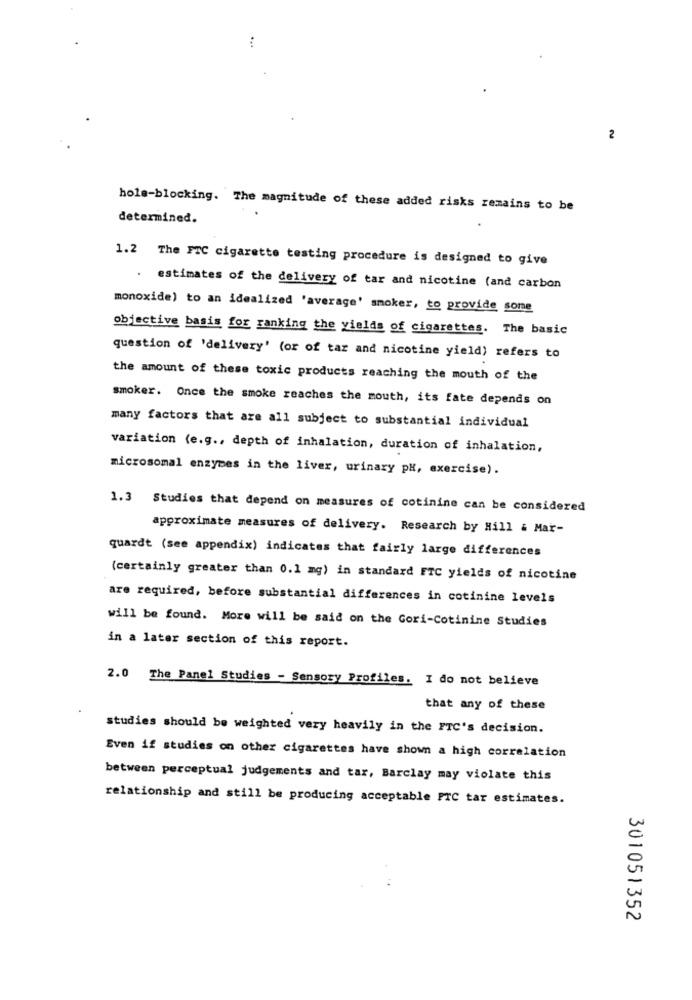
2
hole-blocking. The magnitude of these added risks remains to be
determined.
1.2 The FTC cigarette testing procedure is designed to give
. estimates of the delivery of tar and nicotine (and carbon
monoxide) to an idealized 'average' smoker, to provide some
objective basis for ranking the yields of cigarettes. The basic
question of 'delivery' (or of tar and nicotine yield) refers to
the amount of these toxic products reaching the mouth of the
smoker. Once the smoke reaches the mouth, its fate depends on
many factors that are all subject to substantial individual
variation (e.g ., depth of inhalation, duration of inhalation,
microsomal enzymes in the liver, urinary pH, exercise).
1.3 Studies that depend on measures of cotinine can be considered
approximate measures of delivery. Research by Hill & Mar-
quardt (see appendix) indicates that fairly large differences
(certainly greater than 0.1 mg) in standard FTC yields of nicotine
are required, before substantial differences in cotinine levels
will be found. More will be said on the Gori-Cotinine Studies
in a later section of this report.
2.0 The Panel Studies - Sensory Profiles. I do not believe
that any of these
studies should be weighted very heavily in the FTC's decision.
Even if studies on other cigarettes have shown a high correlation
between perceptual judgements and tar, Barclay may violate this
relationship and still be producing acceptable PTC tar estimates.
301051352